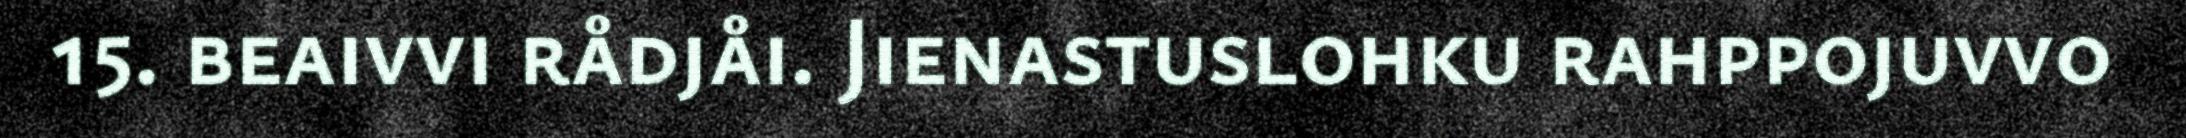
15. beaivvi rådjåi. Jienastuslohku rahppojuvvo